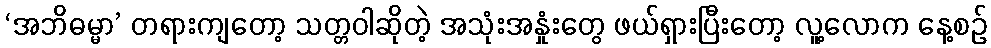
‘အဘိဓမ္မာ’ တရားကျတော့ သတ္တဝါဆိုတဲ့ အသုံးအနှုံးတွေ ဖယ်ရှားပြီးတော့ လူ့လောက နေ့စဉ်